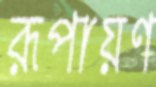
রূপায়ণ